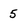
Character: 5